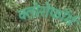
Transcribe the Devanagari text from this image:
क्‍लोरोफॉर्म